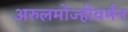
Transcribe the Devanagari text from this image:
अरुलमोज्हीवर्मन